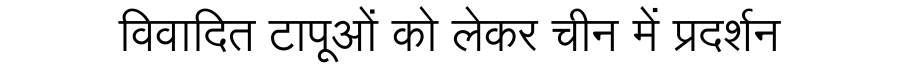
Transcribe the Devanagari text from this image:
विवादित टापूओं को लेकर चीन में प्रदर्शन